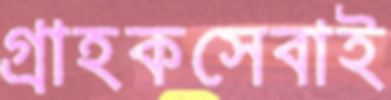
গ্রাহকসেবাই